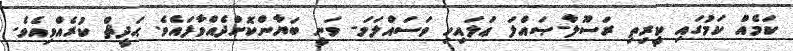
ކަމެއް ކަމުގައި ކީރިތި ރަސޫލާ-ޞައްލަ ޢަލައިހި ވަސައްލަމަ- ވަނީ ބަޔާންކޮށްދެއްވާފައެވެ. ޙަދީޘް ކުރެއްވިއެވެ.